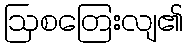
ဩစတြေးလျ၏